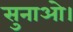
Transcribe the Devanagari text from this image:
सुनाओ।